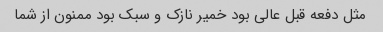
مثل دفعه قبل عالی بود خمیر نازک و سبک بود ممنون از شما